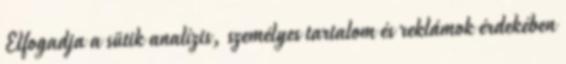
Elfogadja a sütik analízis, személyes tartalom és reklámok érdekében